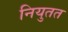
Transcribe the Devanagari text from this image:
नियुतत